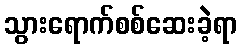
သွားရောက်စစ်ဆေးခဲ့ရာ